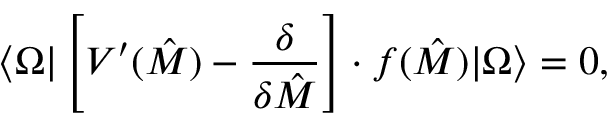
\langle \Omega | \left[ V ^ { \prime } ( \hat { M } ) - { \frac { \delta } { \delta \hat { M } } } \right] \cdot f ( \hat { M } ) | \Omega \rangle = 0 ,